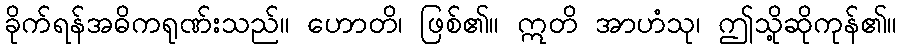
ခိုက်ရန်အဓိကရုဏ်းသည်။ ဟောတိ၊ ဖြစ်၏။ ဣတိ အာဟံသု၊ ဤသို့ဆိုကုန်၏။